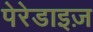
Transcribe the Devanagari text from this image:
पेरेडाइज़